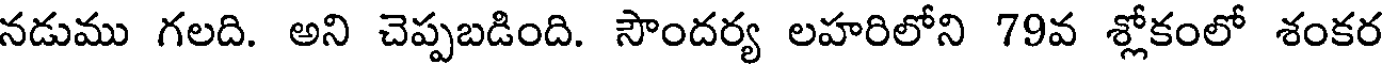
నడుము గలది. అని చెప్పబడింది. సౌందర్య లహరిలోని 79వ శ్లోకంలో శంకర